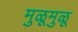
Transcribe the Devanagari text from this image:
मुळूमुळू